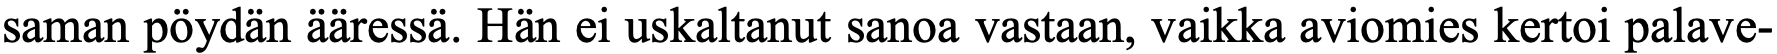
saman pöydän ääressä. Hän ei uskaltanut sanoa vastaan, vaikka aviomies kertoi palave-